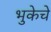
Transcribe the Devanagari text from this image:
भुकेचे